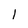
Character: 1